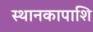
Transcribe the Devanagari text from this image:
स्थानकापाशि